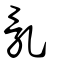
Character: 亂